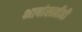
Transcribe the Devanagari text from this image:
भाषांसाठीही